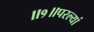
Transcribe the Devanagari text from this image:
॥१॥परल्यां